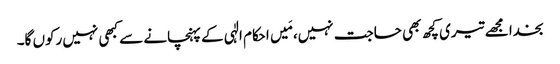
بخدا مجھے تیری کچھ بھی حاجت نہیں، مَیں احکام الٰہی کے پہنچانے سے کبھی نہیں رکوں گا۔